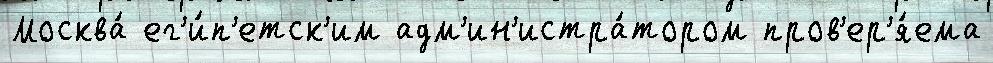
Москва́ ег'и́п'етск'им адм'ин'истра́тором пров'ер'я́ема